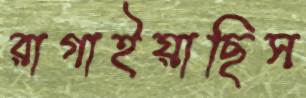
রাগাইয়াছিস